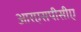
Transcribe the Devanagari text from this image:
आरएसपीसीए